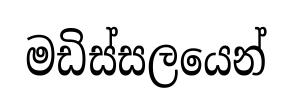
මඩිස්සලයෙන්